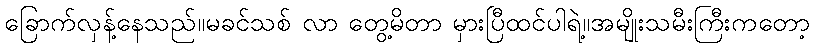
ခြောက်လှန့်နေသည်။မခင်သစ် လာ တွေ့မိတာ မှားပြီထင်ပါရဲ့။အမျိုးသမီးကြီးကတော့